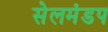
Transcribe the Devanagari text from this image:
सेलमंडप